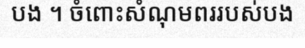
បង ។ ចំពោះសំណុមពររបស់បង